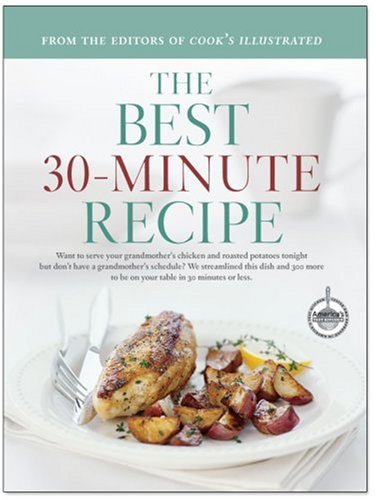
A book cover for The Best 30-Minute Recipe; Cookbooks, Food & Wine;